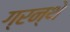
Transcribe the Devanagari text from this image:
ग्रन्थे